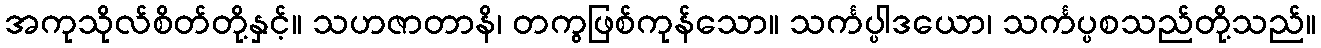
အကုသိုလ်စိတ်တို့နှင့်။ သဟဇာတာနိ၊ တကွဖြစ်ကုန်သော။ သင်္ကပ္ပါဒယော၊ သင်္ကပ္ပစသည်တို့သည်။